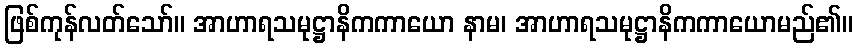
ဖြစ်ကုန်လတ်သော်။ အာဟာရသမုဋ္ဌာနိကကာယော နာမ၊ အာဟာရသမုဋ္ဌာနိကကာယောမည်၏။